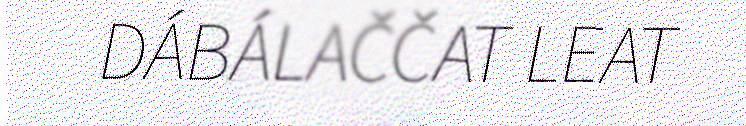
DÁBÁLAČČAT LEAT